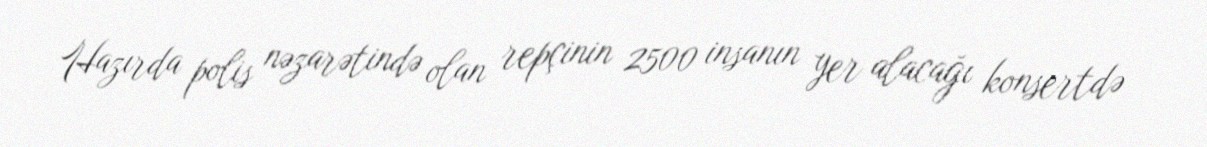
Hazırda polis nəzarətində olan repçinin 2500 insanın yer alacağı konsertdə